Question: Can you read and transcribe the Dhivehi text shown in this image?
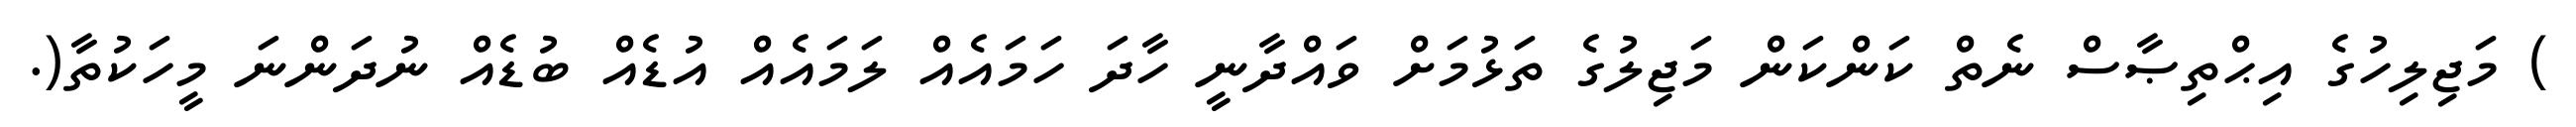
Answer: ) މަޖިލިހުގެ އިޙްތިޞާސް ނެތް ކަންކަން މަޖިލުގެ ތަޅުމަށް ވައްދާނީ ހާދަ ހަމައެއް ލަމައެއް އުޑެއް ބުޑެއް ނުދަންނަ މީހަކުތާ(.